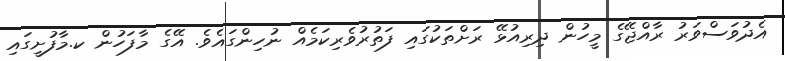
އެދުވަސްވަރު ރާއްޖޭގެ މީހުން ދިރިއުޅޭ ރަށްތަކުގައި ފަތުރުވެރިކަމެއް ނުހިންގައެވެ. އޭގެ މާފަހުން ކ.މާފުށީގައި